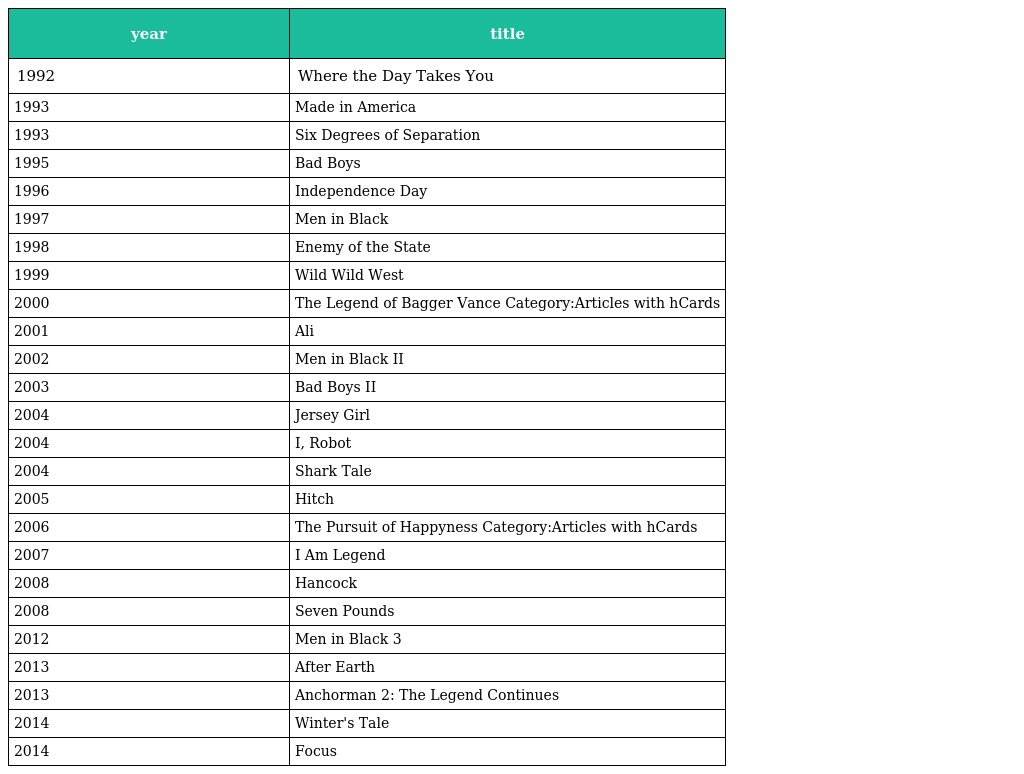
| year | title |
 | --- | --- |
 | 1992 | Where the Day Takes You |
 | 1993 | Made in America |
 | 1993 | Six Degrees of Separation |
 | 1995 | Bad Boys |
 | 1996 | Independence Day |
 | 1997 | Men in Black |
 | 1998 | Enemy of the State |
 | 1999 | Wild Wild West |
 | 2000 | The Legend of Bagger Vance Category:Articles with hCards |
 | 2001 | Ali |
 | 2002 | Men in Black II |
 | 2003 | Bad Boys II |
 | 2004 | Jersey Girl |
 | 2004 | I, Robot |
 | 2004 | Shark Tale |
 | 2005 | Hitch |
 | 2006 | The Pursuit of Happyness Category:Articles with hCards |
 | 2007 | I Am Legend |
 | 2008 | Hancock |
 | 2008 | Seven Pounds |
 | 2012 | Men in Black 3 |
 | 2013 | After Earth |
 | 2013 | Anchorman 2: The Legend Continues |
 | 2014 | Winter's Tale |
 | 2014 | Focus |